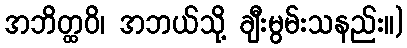
အဘိတ္ထဝိ၊ အဘယ်သို့ ချီးမွမ်းသနည်း။)